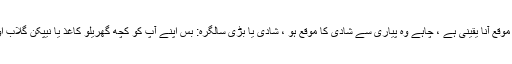
اگلے تہوار کا موقع آنا یقینی ہے ، چاہے وہ پیاری سے شادی کا موقع ہو ، شادی یا بڑی سالگرہ: بس اپنے آپ کو کچھ گھریلو کاغذ یا نیپکن گلاب اور کمپنی دیں۔